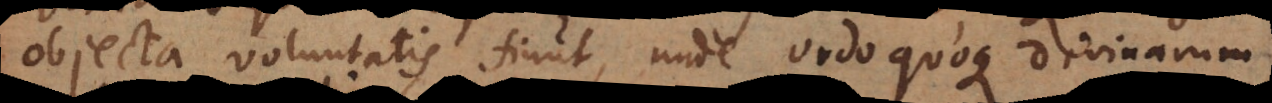
objecta voluntatis fiunt, unde ordo quoque divinarum